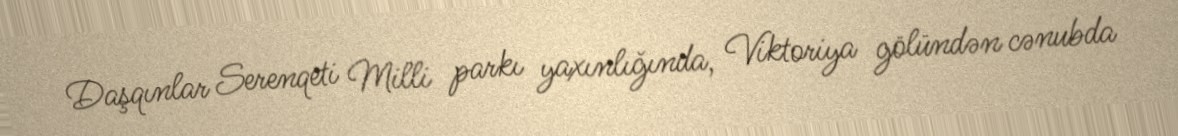
Daşqınlar Serenqeti Milli parkı yaxınlığında, Viktoriya gölündən cənubda